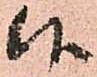
候